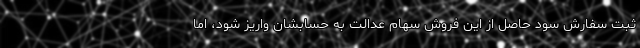
ثبت سفارش سود حاصل از این فروش سهام عدالت به حسابشان واریز شود، اما